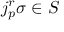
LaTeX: j _ { p } ^ { r } \sigma \in S